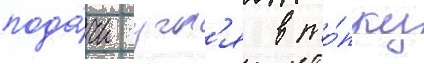
пода́чи угл'я в то́пку